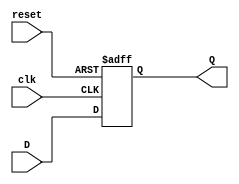
module FFD(input wire clk, reset, D, output reg Q);
    always @(posedge clk or posedge reset) begin
        if(reset==1'b1)
            Q <= 1'b0; //si el reset esta en uno entonces la salida se resetea
        else
            Q <= D; //de lo contrario la salida toma el valor de la entrada
    end
endmodule
module AlgodonAltos(input wire clk, reset, PH, SR, [2:0]T, [1:0]PLS, output wire [2:0]PAC, [2:0]LED, CO);

    wire EF2, EF1, EF0; //Entrada a FFD
    wire E2, E1, E0; //Salida de FFD

    //Logica del estado futuro
    assign EF2 = (~E2 & E1 & ~E0 & PH & SR & ~T[2] & ~T[1] & T[0] & PLS[1] & ~PLS[0]);
    assign EF1 = (~E2 & ~E1 & E0 & PH & SR & ~T[2] & ~T[1] & T[0] & PLS[1] & ~PLS[0]) |
    (~E2 & E1 & ~E0 & PH & SR & ~T[2] & ~T[1] & T[0] & PLS[1] & ~PLS[0]);
    assign EF0 = (~E2 & ~E0 & PH & SR & ~T[2] & ~T[1] & T[0] & PLS[1] & ~PLS[0]);

    //Logica salida
    assign PAC[2] = 0;
    assign PAC[1] = 0;
    assign PAC[0] = (E2 & E1 & E0);
    assign LED[2] = 0;
    assign LED[1] = (E2 & E1 & E0) | (~E2 & E1 & ~E0);
    assign LED[0] = (E2 & E1 & E0) | (~E2 & ~E1 & E0) | (~E2 & E1 & ~E0);
    assign CO = (E2 & E1 & E0);

    //tres FFD
    FFD Algalto2(clk, reset, EF2, E2);
    FFD Algalto1(clk, reset, EF1, E1);
    FFD Algalto0(clk, reset, EF0, E0);

endmodule